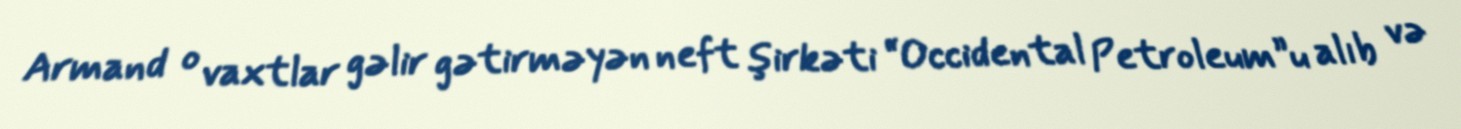
Armand o vaxtlar gəlir gətirməyən neft şirkəti “Occidental Petroleum”u alıb və